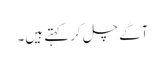
آگے چل کر کہتے ہیں۔